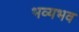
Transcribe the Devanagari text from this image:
भव्यभव